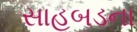
સાહબડના